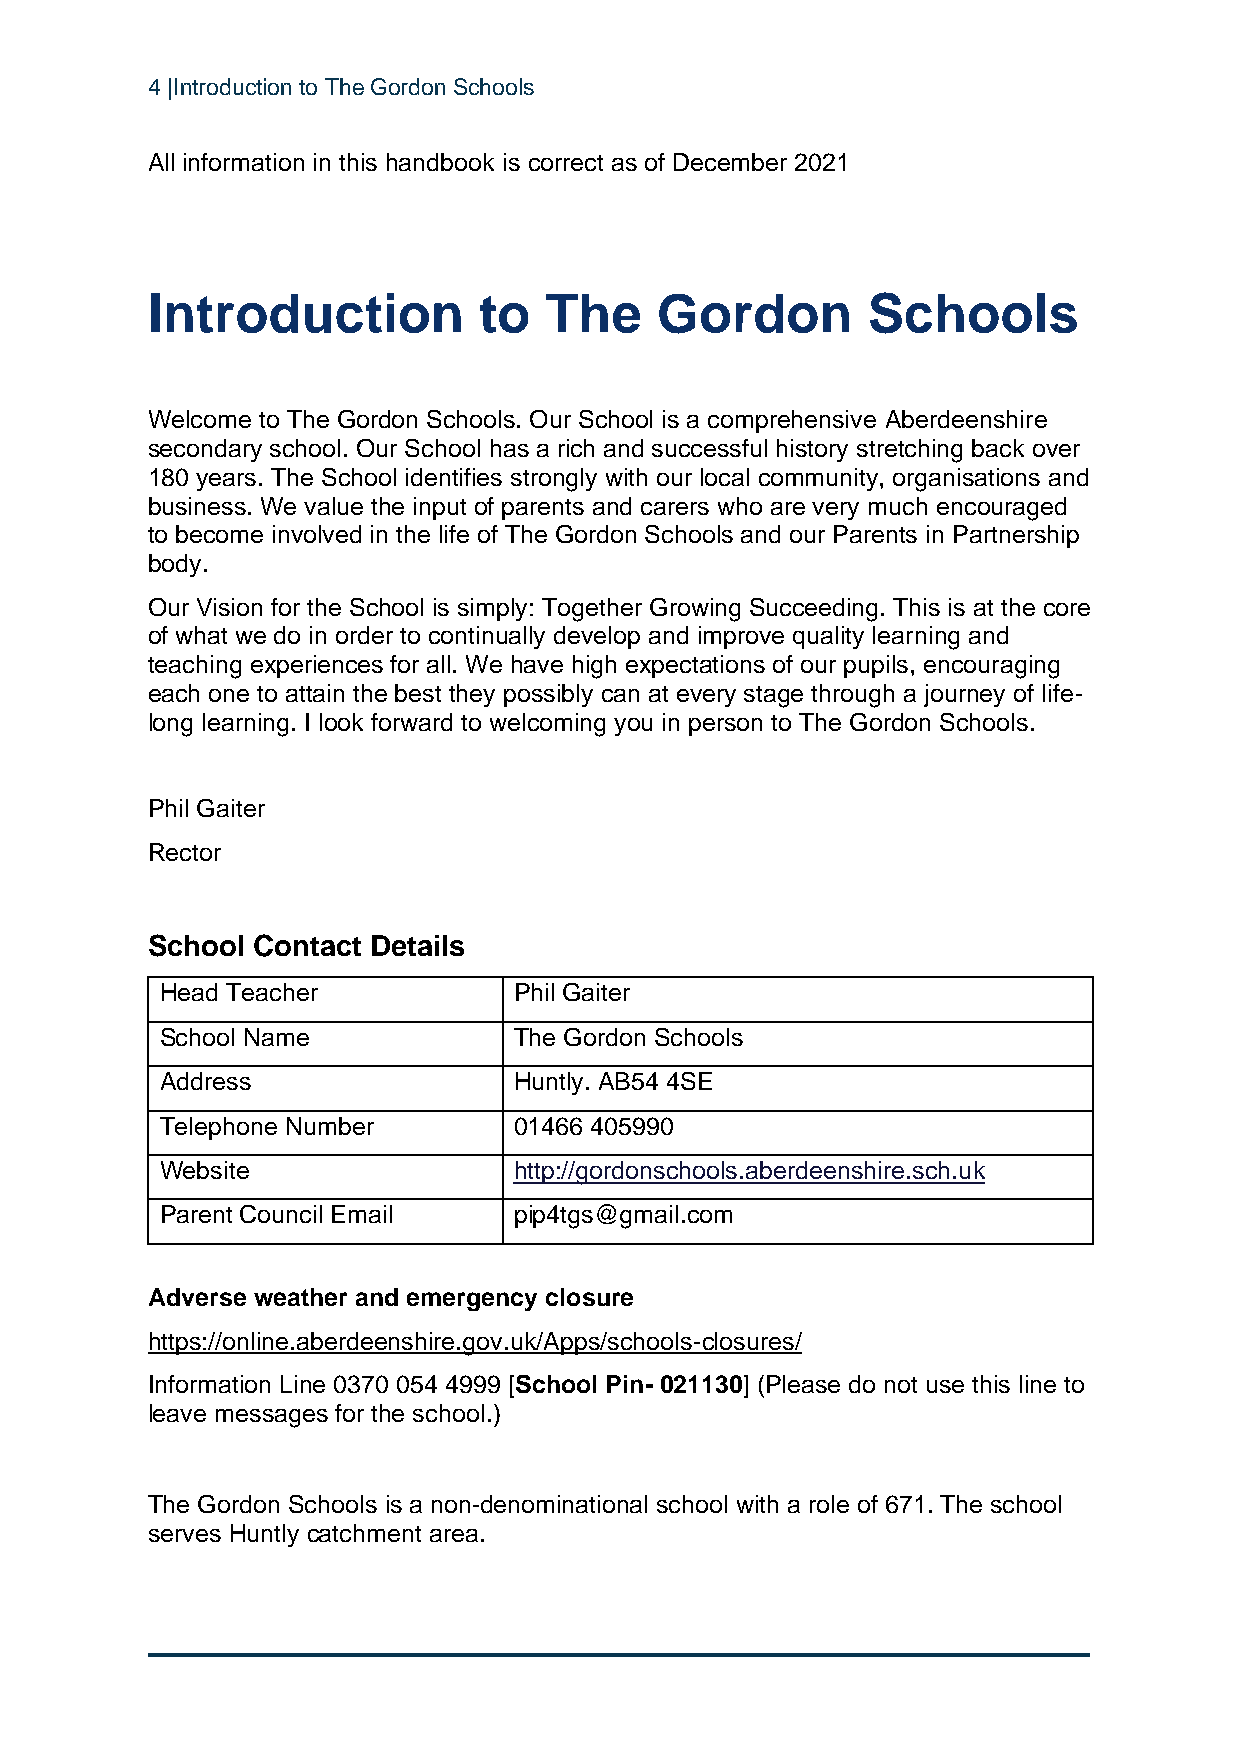
4 |Introduction to The Gordon Schools
 All information in this handbook is correct as of December 2021
 Introduction          to  The    Gordon        Schools
 Welcome to The Gordon Schools. Our School is a comprehensive Aberdeenshire
 secondary school. Our School has a rich and successful history stretching back over
 180 years. The School identifies strongly with our local community, organisations and
 business. We value the input of parents and carers who are very much encouraged
 to become involved in the life of The Gordon Schools and our Parents in Partnership
 body.
 Our Vision for the School is simply: Together Growing Succeeding. This is at the core
 of what we do in order to continually develop and improve quality learning and
 teaching experiences for all. We have high expectations of our pupils, encouraging
 each one to attain the best they possibly can at every stage through a journey of life-
 long learning. I look forward to welcoming you in person to The Gordon Schools.
 Phil Gaiter
 Rector
 School Contact Details
 Head Teacher           Phil Gaiter
 School Name            The Gordon Schools
 Address                Huntly. AB54 4SE
 Telephone Number       01466 405990
 Website                http://gordonschools.aberdeenshire.sch.uk
 Parent Council Email   pip4tgs@gmail.com
 Adverse weather and emergency closure
 https://online.aberdeenshire.gov.uk/Apps/schools-closures/
 Information Line 0370 054 4999 [School Pin- 021130] (Please do not use this line to
 leave messages for the school.)
 The Gordon Schools is a non-denominational school with a role of 671. The school
 serves Huntly catchment area.